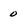
Character: 0